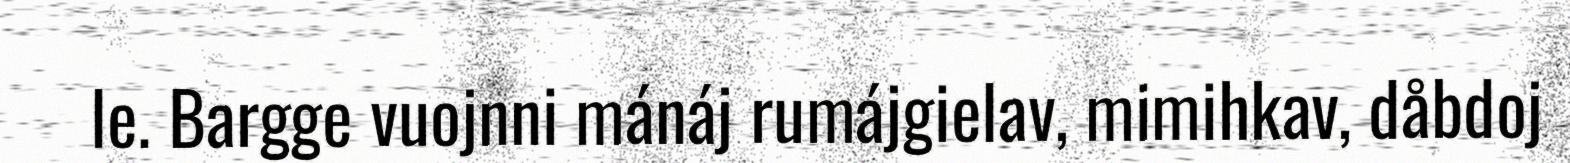
le. Bargge vuojnni mánáj rumájgielav, mimihkav, dåbdoj